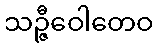
သဉ္ဇီဝေါတေဝ